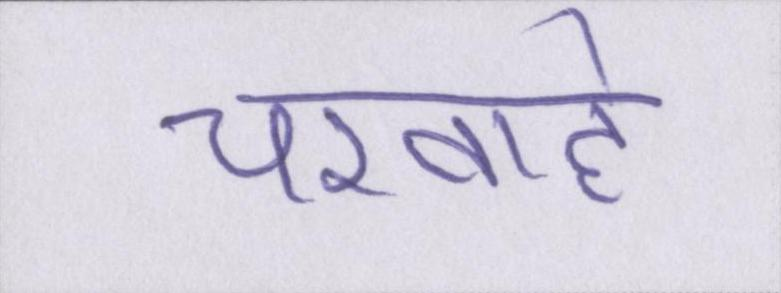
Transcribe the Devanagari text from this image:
चरवाहे